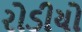
રોડીયો